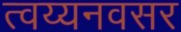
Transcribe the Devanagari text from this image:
त्वय्यनवसर